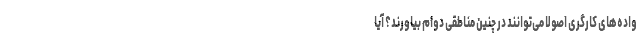
واده‌های کارگری اصولاً می‌توانند در چنین مناطقی دوام بیاورند؟ آیا